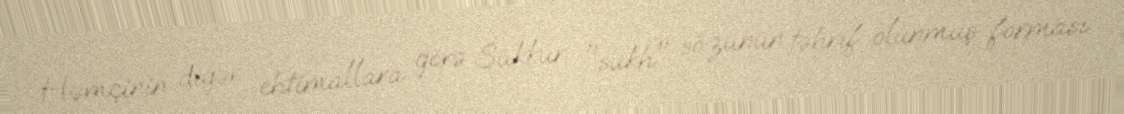
Həmçinin digər ehtimallara görə Sukkur "sukh" sözünün təhrif olunmuş forması